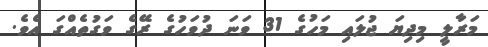
މަރާލީ މިދިޔަ ޖުލައި މަހުގެ 31 ވަނަ ދުވަހުގެ ރޭގެ ވަގުތެއްގަ އެވެ.